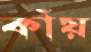
কাঁয়